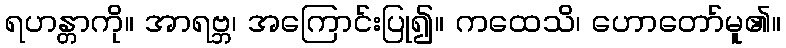
ရဟန္တာကို။ အာရဗ္ဘ၊ အကြောင်းပြု၍။ ကထေသိ၊ ဟောတော်မူ၏။